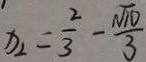
x _ { 2 } = \frac { 2 } { 3 } - \frac { \sqrt { 1 0 } } { 3 }